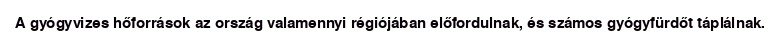
A gyógyvizes hőforrások az ország valamennyi régiójában előfordulnak, és számos gyógyfürdőt táplálnak.